Report of an investigation into the causes of malaria in Bombay and the measures necessary for its control
Disease focus: Malaria
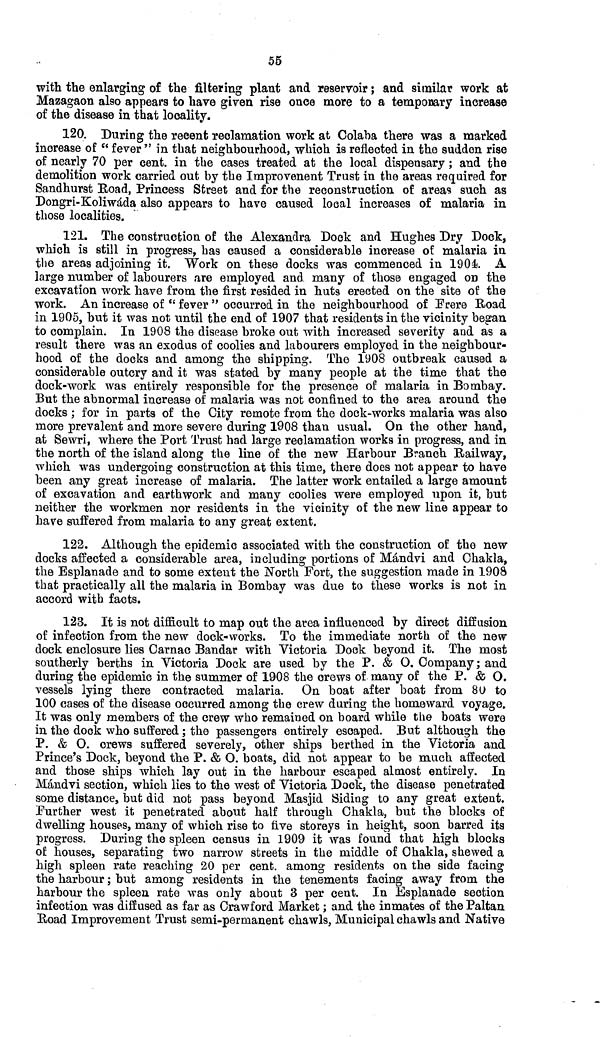
55
with the enlarging of the filtering plant and reservoir ; and similar work at
Mazagaon also appears to have given rise once more to a temporary increase
of the disease in that locality.
120. During the recent reclamation work at Colaba there was a marked
increase of "fever" in that neighbourhood, which is reflected in the sudden rise
of nearly 70 per cent. in the cases treated at the local dispensary ; and the
demolition work carried out by the Improvenent Trust in the areas required for
Sandhurst Road, Princess Street and for the reconstruction of areas such as
Dongri-Koliwáda also appears to have caused local increases of malaria in
those localities.
121. The construction of the Alexandra Dock and Hughes Dry Dock,
which is still in progress, has caused a considerable increase of malaria in
the areas adjoining it. Work on these docks was commenced in 1904. A
large number of labourers are employed and many of those engaged on the
excavation work have from the first resided in huts erected on the site of the
work. An increase of "fever" occurred in the neighbourhood of Frere Road
in 1905, but it was not until the end of 1907 that residents in the vicinity began
to complain. In 1908 the disease broke out with increased severity and as a
result there was an exodus of coolies and labourers employed in the neighbour-
hood of the docks and among the shipping. The 1908 outbreak caused a
considerable outcry and it was stated by many people at the time that the
dock-work was entirely responsible for the presence of malaria in Bombay.
But the abnormal increase of malaria was not confined to the area around the
docks ; for in parts of the City remote from the dock-works malaria was also
more prevalent and more severe during 1908 than usual. On the other hand,
at Sewri, where the Port Trust had large reclamation works in progress, and in
the north of the island along the line of the new Harbour Branch Railway,
which was undergoing construction at this time, there does not appear to have
been any great increase of malaria. The latter work entailed a large amount
of excavation and earthwork and many coolies were employed upon it, but
neither the workmen nor residents in the vicinity of the new line appear to
have suffered from malaria to any great extent.
122. Although the epidemic associated with the construction of the new
docks affected a considerable area, including portions of Mándvi and Chakla,
the Esplanade and to some extent the North Fort, the suggestion made in 1908
that practically all the malaria in Bombay was due to these works is not in
accord with facts.
123. It is not difficult to map out the area influenced by direct diffusion
of infection from the new dock-works. To the immediate north of the new
dock enclosure lies Carnac Bandar with Victoria Dock beyond it. The most
southerly berths in Victoria Dock are used by the P. & O. Company; and
during the epidemic in the summer of 1908 the crews of many of the P. & O.
vessels lying there contracted malaria. On boat after boat from 80 to
100 cases of the disease occurred among the crew during the homeward voyage.
It was only members of the crew who remained on board while the boats were
in the dock who suffered ; the passengers entirely escaped. But although the
P. & O. crews suffered severely, other ships berthed in the Victoria and
Prince's Dock, beyond the P. & O. boats, did not appear to be much affected
and those ships which lay out in the harbour escaped almost entirely. In
Mándvi section, which lies to the west of Victoria Dock, the disease penetrated
some distance, but did not pass beyond Masjid Siding to any great extent.
Further west it penetrated about half through Chakla, but the blocks of
dwelling houses, many of which rise to five storeys in height, soon barred its
progress. During the spleen census in 1909 it was found that high blocks
of houses, separating two narrow streets in the middle of Chakla, shewed a
high spleen rate reaching 20 per cent. among residents on the side facing
the harbour ; but among residents in the tenements facing away from the
harbour the spleen rate was only about 3 per cent. In Esplanade section
infection was diffused as far as Crawford Market ; and the inmates of the Paitan
Road Improvement Trust semi-permanent chawls, Municipal chawls and Native